Annual statistical returns and brief notes on vaccination in Bengal - 1909-1929
Year: 1909
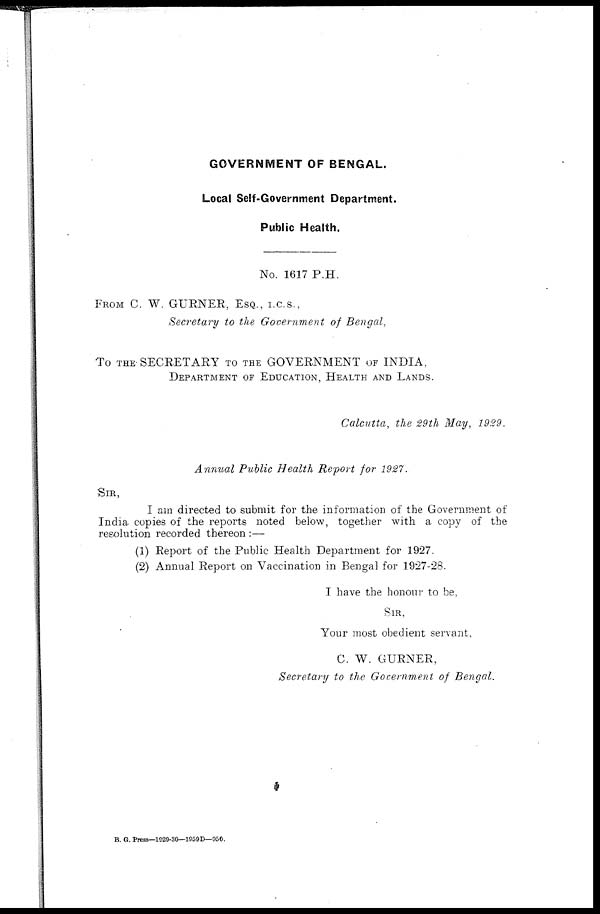
GOVERNMENT OF BENGAL.
Local Self-Government Department.
Public Health.
No. 1617 P.H.
FROM C. W. GURNER, ESQ., I.C.S.,
Secretary to the Government of Bengal,
To THE SECRETARY TO THE GOVERNMENT OF INDIA,
DEPARTMENT OF EDUCATION, HEALTH AND LANDS.
Calcutta, the 29th May, 1929.
Annual Public Health Report for 1927.
SIR,
I am directed to submit for the information of the Government of
India copies of the reports noted below, together with a copy of the
resolution recorded thereon :—
(1) Report of the Public Health Department for 1927.
(2) Annual Report on Vaccination in Bengal for 1927-28.
I have the honour to be,
Sir,
Your most obedient servant,
C. W. GURNER,
Secretary to the Government of Bengal.
B. G. Press—1929-30—1959D—950.